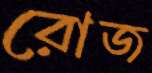
রোজ